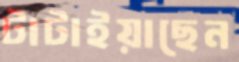
টাটাইয়াছেন